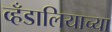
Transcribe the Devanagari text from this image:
व्हँडालियाच्या